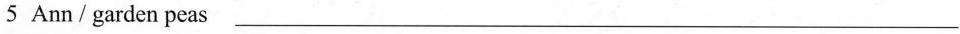
5 Ann/garden peas ___